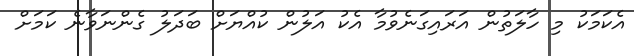
އެކަމަކު މި ހާލަތުން އަރައިގަނެވުމާ އެކު އަލުން ކުއްޔަށް ބަދަލު ގެންނަވާނެ ކަމަށް